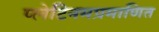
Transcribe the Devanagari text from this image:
प्लेटिनमप्रमाणित